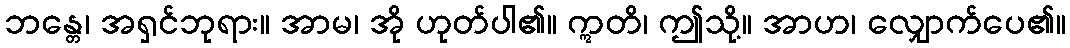
ဘန္တေ၊ အရှင်ဘုရား။ အာမ၊ အို ဟုတ်ပါ၏။ ဣတိ၊ ဤသို့။ အာဟ၊ လျှောက်ပေ၏။